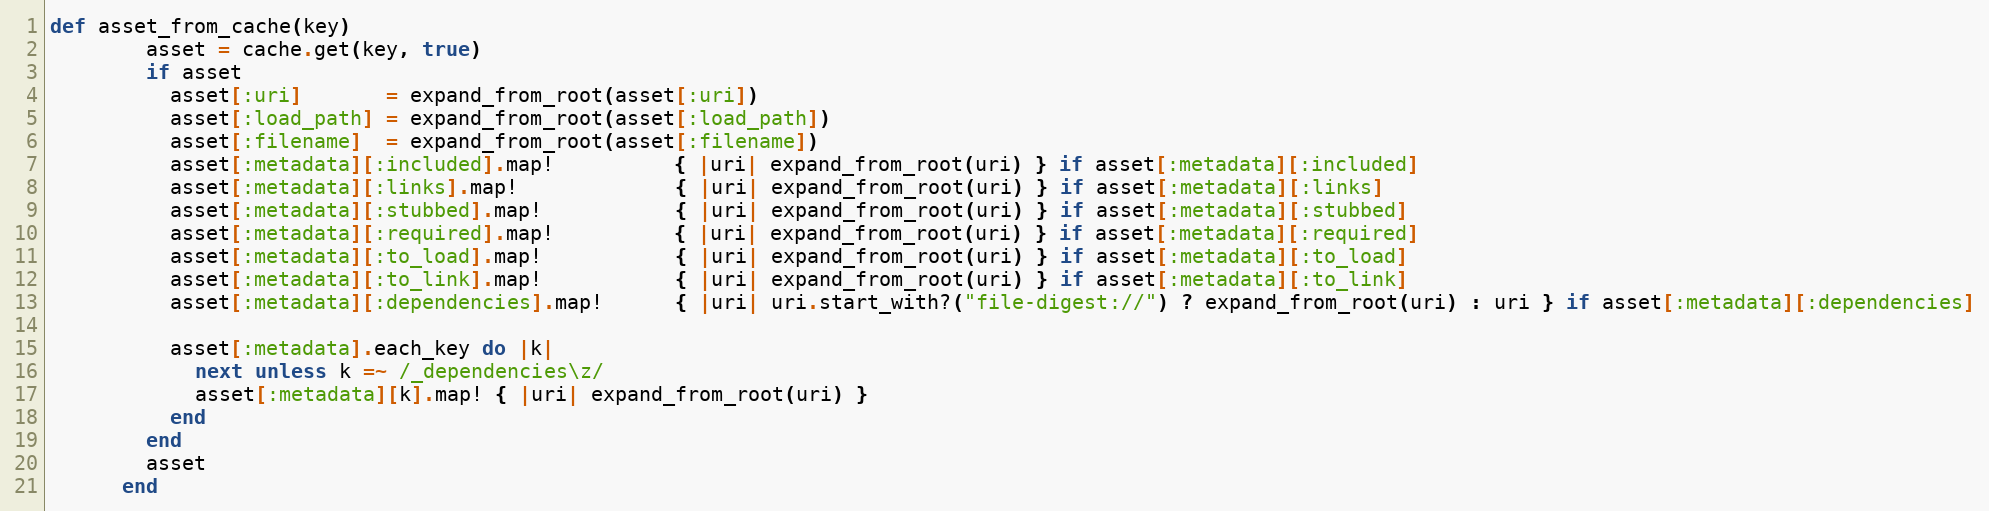
Language: Ruby
def asset_from_cache(key)
        asset = cache.get(key, true)
        if asset
          asset[:uri]       = expand_from_root(asset[:uri])
          asset[:load_path] = expand_from_root(asset[:load_path])
          asset[:filename]  = expand_from_root(asset[:filename])
          asset[:metadata][:included].map!          { |uri| expand_from_root(uri) } if asset[:metadata][:included]
          asset[:metadata][:links].map!             { |uri| expand_from_root(uri) } if asset[:metadata][:links]
          asset[:metadata][:stubbed].map!           { |uri| expand_from_root(uri) } if asset[:metadata][:stubbed]
          asset[:metadata][:required].map!          { |uri| expand_from_root(uri) } if asset[:metadata][:required]
          asset[:metadata][:to_load].map!           { |uri| expand_from_root(uri) } if asset[:metadata][:to_load]
          asset[:metadata][:to_link].map!           { |uri| expand_from_root(uri) } if asset[:metadata][:to_link]
          asset[:metadata][:dependencies].map!      { |uri| uri.start_with?("file-digest://") ? expand_from_root(uri) : uri } if asset[:metadata][:dependencies]

          asset[:metadata].each_key do |k|
            next unless k =~ /_dependencies\z/
            asset[:metadata][k].map! { |uri| expand_from_root(uri) }
          end
        end
        asset
      end